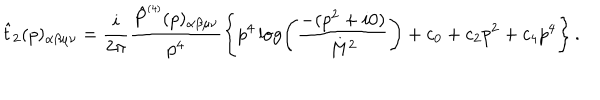
LaTeX: \hat { t } _ { 2 } ( p ) _ { \alpha \beta \mu \nu } = \frac { i } { 2 \pi } \frac { \hat { P } ^ { \scriptscriptstyle ( 4 ) } ( p ) _ { \alpha \beta \mu \nu } } { p ^ { 4 } } \left\{ p ^ { 4 } \log \left( \frac { - ( p ^ { 2 } + i 0 ) } { M ^ { 2 } } \right) + c _ { 0 } + c _ { 2 } p ^ { 2 } + c _ { 4 } p ^ { 4 } \right\} .